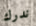
ندرك